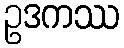
ဥဒကဿ